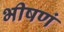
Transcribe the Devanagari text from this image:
भीषणं